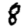
Digit: 8